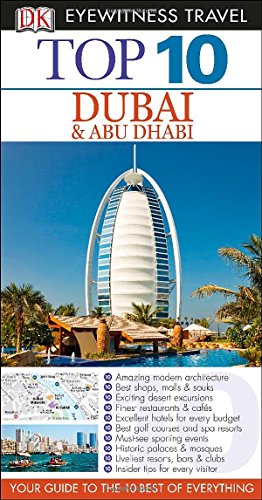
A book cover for Top 10 Dubai & Abu Dhabi (Eyewitness Top 10 Travel Guide); Sarah Monaghan; Travel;